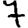
Digit: 7